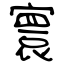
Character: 寰